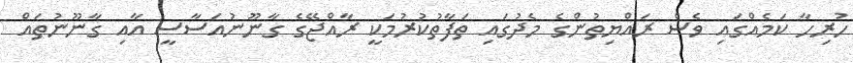
ހުރިހާ ކަމެއްގައި ވެސް ރައްޔިތުންގެ މެދުގައި ތަފާތުކުރުމަކީ ރާއްޖޭގެ ގާނޫނުއަސާސީ އާއި ގާނޫނުތައް